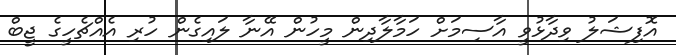
އޮފިޝަލު ވިދާޅުވީ އާސިމަށް ހަމާލާދިން މީހުން އޭނާ ލައިގެން ހުރި އެއްޗެހީގެ ޖީބް